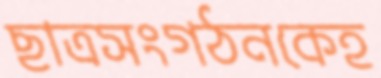
ছাত্রসংগঠনকেহ